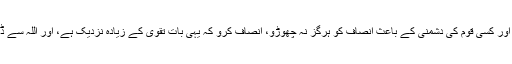
اللہ کے واسطے انصاف کی گواہی دینے کے لیے کھڑے ہو جاؤ، اور کسی قوم کی دشمنی کے باعث انصاف کو ہرگز نہ چھوڑو، انصاف کرو کہ یہی بات تقویٰ کے زیادہ نزدیک ہے، اور اللہ سے ڈرتے رہو، بے شک اللہ اس سے خبردار ہے جو کچھ تم کرتے ہو۔